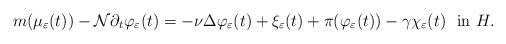
LaTeX: \begin{align*} m(\mu_{\varepsilon}(t)) - \mathcal{N}\partial_t \varphi_{\varepsilon} (t)= - \nu \Delta \varphi_{\varepsilon}(t) + \xi_{\varepsilon}(t) + \pi(\varphi_{\varepsilon}(t)) - \gamma \chi_{\varepsilon}(t) \ \ \textrm{in $H$.} \end{align*}